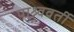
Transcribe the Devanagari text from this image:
पाश्र्ववर्ती